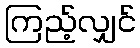
ကြည့်လျှင်